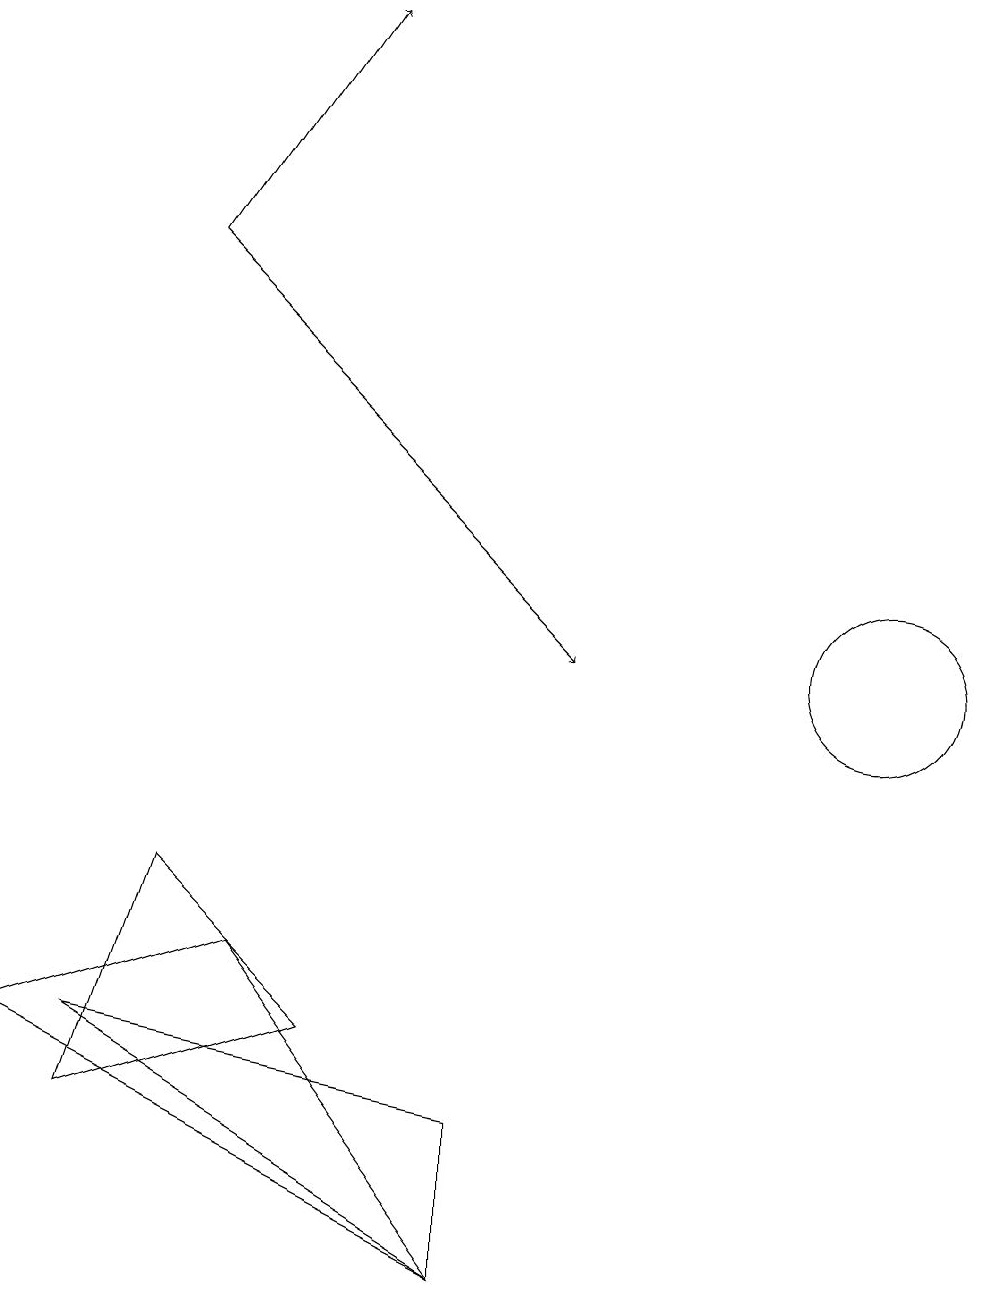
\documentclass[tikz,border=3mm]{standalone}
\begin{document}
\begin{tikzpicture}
\draw (1,6) -- (6,3) -- (6,5) -- cycle;
\draw (11,11) circle (1);
\draw (6,3) -- (0,6) -- (3,7) -- cycle;
\draw[->] (2,16) -- (7,11);
\draw (4,6) -- (1,5) -- (2,8) -- cycle;
\draw[->] (2,16) -- (4,19);
\draw (11,11) circle (0);
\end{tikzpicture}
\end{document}